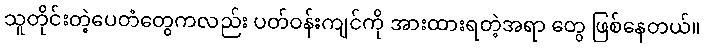
သူတိုင်းတဲ့ပေတံတွေကလည်း ပတ်ဝန်းကျင်ကို အားထားရတဲ့အရာ တွေ ဖြစ်နေတယ်။